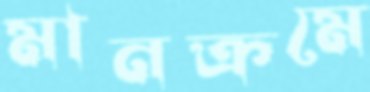
মানক্রমে